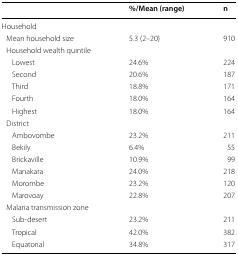
|  | %/Mean (range) | n |
 | --- | --- | --- |
 | <COLSPAN=3> Household |
 | Mean household size | 5.3 (2–20) | 910 |
 | <COLSPAN=3> Household wealth quintile |
 | Lowest | 24.6% | 224 |
 | Second | 20.6% | 187 |
 | Third | 18.8% | 171 |
 | Fourth | 18.0% | 164 |
 | Highest | 18.0% | 164 |
 | <COLSPAN=3> District |
 | Ambovombe | 23.2% | 211 |
 | Bekily | 6.4% | 55 |
 | Brickaville | 10.9% | 99 |
 | Manakara | 24.0% | 218 |
 | Morombe | 23.2% | 120 |
 | Marovoay | 22.8% | 207 |
 | <COLSPAN=3> Malaria transmission zone |
 | Sub-desert | 23.2% | 211 |
 | Tropical | 42.0% | 382 |
 | Equatorial | 34.8% | 317 |